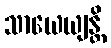
သာယေယျန္တိ